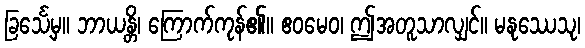
ခြင်္သေ့မှ။ ဘာယန္တိ၊ ကြောက်ကုန်၏။ ဧဝမေဝ၊ ဤအတူသာလျှင်။ မနုဿေသု၊